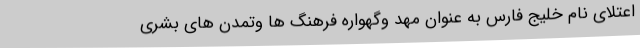
اعتلای نام خلیج فارس به عنوان مهد وگهواره فرهنگ ها وتمدن های بشری